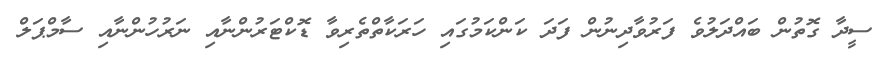
ސީދާ ގޮތުން ބައްދަލުވެ ފަރުވާދިނުން ފަދަ ކަންކަމުގައި ހަރަކާތްތެރިވާ ޑޮކްޓަރުންނާއި ނަރުހުންނާއި ސާމްޕަލް